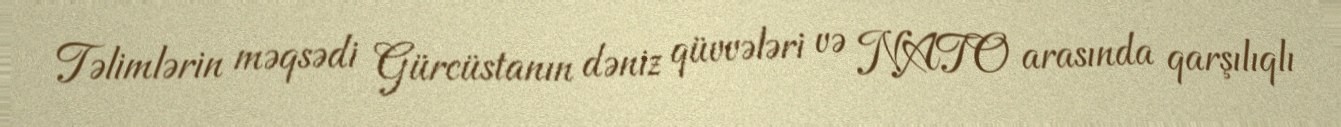
Təlimlərin məqsədi Gürcüstanın dəniz qüvvələri və NATO arasında qarşılıqlı